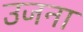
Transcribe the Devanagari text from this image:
उजना